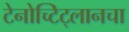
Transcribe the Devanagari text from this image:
टेनोच्टिट्लानचा